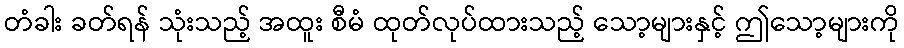
တံခါး ခတ်ရန် သုံးသည့် အထူး စီမံ ထုတ်လုပ်ထားသည့် သော့များနှင့် ဤသော့များကို